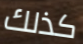
كذلك